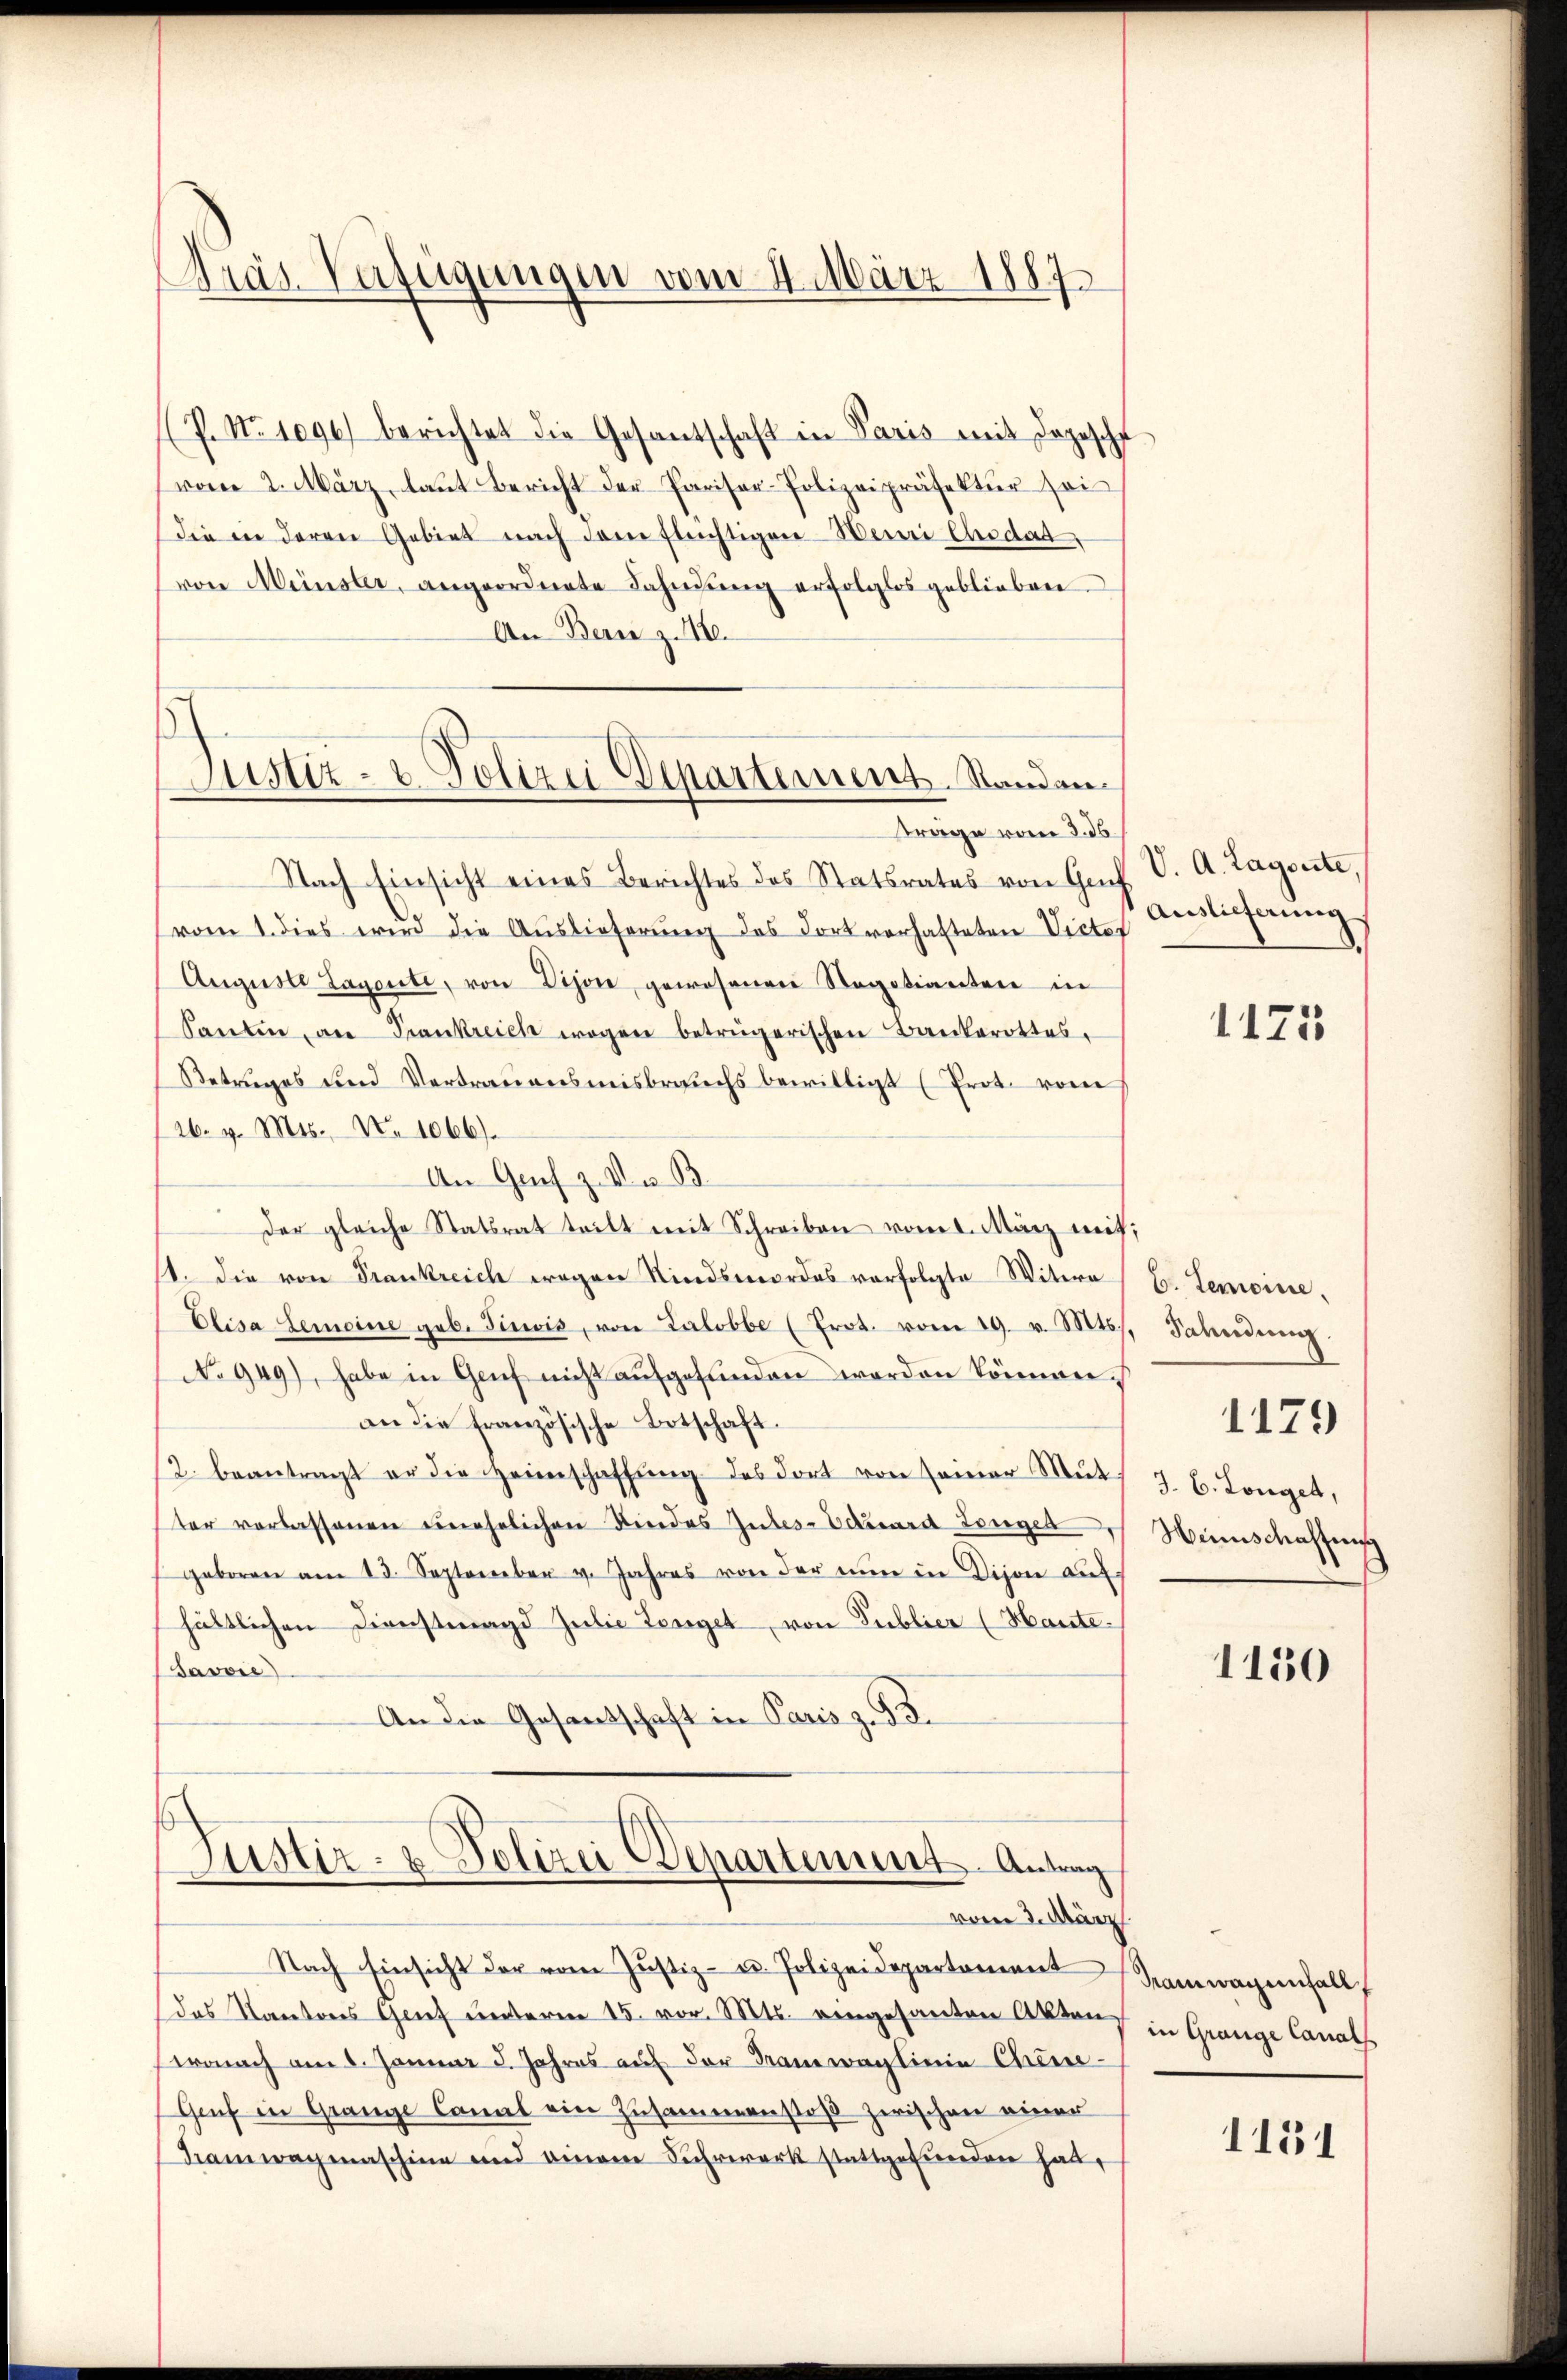
Präs. Verfügungen vom 4. März 1887

5
Justiz- & Polizei Dipartement. Standen.

(P. Nr. 1096) berichtet die Gesantschaft in Paris mit Depesch
vom 2. März, laut Bericht der Pariser-Polizeipräsektur soi
Die in deren Gebiet nach dem flüchtigen Weini Chodat
von Münster, angeordnete Fahndung erfolglos geblieben
An Bern z. 18.
träge vom 2. ds.
Nach Einsicht eines Berichtes des Statsrates von Gas V. A. Lagerte,
vom 1. dies wird die Auslieferŭng des Fort vorhafteten Victes
Auguste Lagerte, von Ston, gewesenen Regotianten in
Santin an Prankreich wegen betrügerischen Bankerottes,
Betrages und Vertrauensmisbrauchs bewilligt (Prot. vom
26. v. Mts. No 1066).
An Grief z. V. B.
der gleiche Statsrat teilt mit Schreiben vom 1. März mit
s. die von Frankreich wegen Kindsmordes vorfolgte Witern
Elisa Gemeine geb. Tivis, von Lalobbe (Prot. vom 19. v. Mts.
No 949), habe in Genf nicht aufgefunden worden können.
an die französische Botschaft.
2. beantragt er die Heimschaffŭng des dort von seiner Mŭt-
ter verlassenen unehelichen Kindes Intes- Eduard Langel
geboren am 13. September v. Jahres von der nŭn in Dison aŭf-
hältlichen Dienstmagd Julie Lenget, von Publier (Haute.
Savoir
An die Gesantschaft in Paris z. B. 3.

Justiz- & Polizei Departement. Antrag
vom 2. März.

Nach Einsicht der vom Justiz- u. Polizeidepartoniert
das Kantons Grief unterm 15. vor. Mts. eingesanten Akten
wonach am 1. Januar 5. Jahres auf der Tramwaglinie Chine-
Genf in Gränze Canal ein Zusammenstoß zwischen einer
Tramwagmaschine und einem Fuhrwerk stattgefunden hat,

Auslieferung

1173

1
C. Gemeine.
 Sahndung.
J. C. Longet,
Winschaffung

1179

1150

Sainwagenfall
in Grange Canals
1131